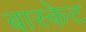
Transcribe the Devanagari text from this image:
बास्‍केट